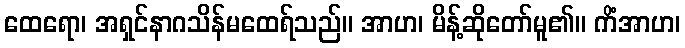
ထေရော၊ အရှင်နာဂသိန်မထေရ်သည်။ အာဟ၊ မိန့်ဆိုတော်မူ၏။ ကိံအာဟ၊